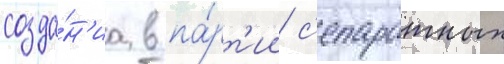
созда́н'иа в па́рт'ии с'епаратных